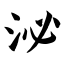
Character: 泌